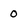
Character: 0